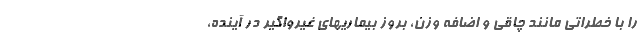
را با خطراتی مانند چاقی و اضافه وزن، بروز بیماریهای غیرواگیر در آینده،